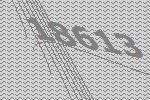
18613